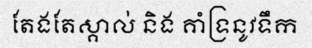
តែងតែស្គាល់ និង គាំទ្រនូវទឹក